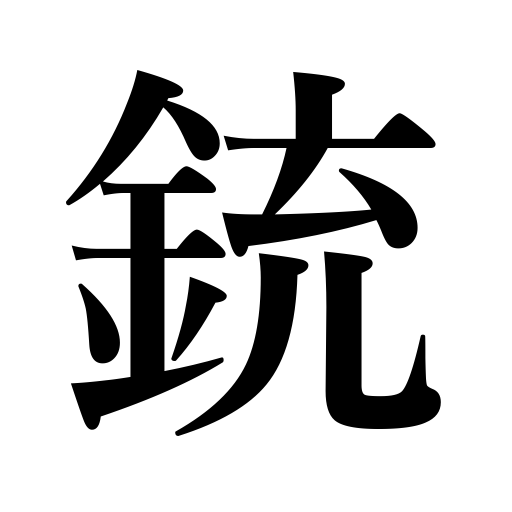
Meanings: gun,arms